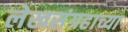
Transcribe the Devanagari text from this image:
लेखसंग्रहाच्या